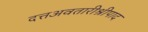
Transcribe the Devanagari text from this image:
दत्तअवतारीश्रीपाद